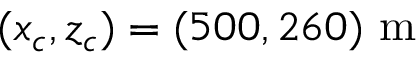
( x _ { c } , z _ { c } ) = ( 5 0 0 , 2 6 0 ) ~ \mathrm { m }